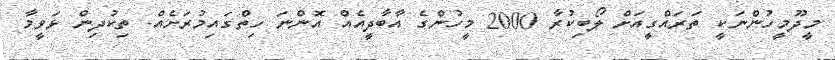
މީދޫމީހުންނަކީ ތަރައްގީއަށް ލޯބިކުރާ 2000 މީހުންގެ އާބާދީއެއް އޮންނަ ހިތްގައިމުރަށެއް. ތިކުދިން ޅަވީމާ